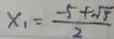
x _ { 1 } = \frac { - 5 + \sqrt { 5 } } { 2 }